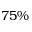
7 5 \%